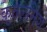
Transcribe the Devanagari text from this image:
क़ुतलमिश